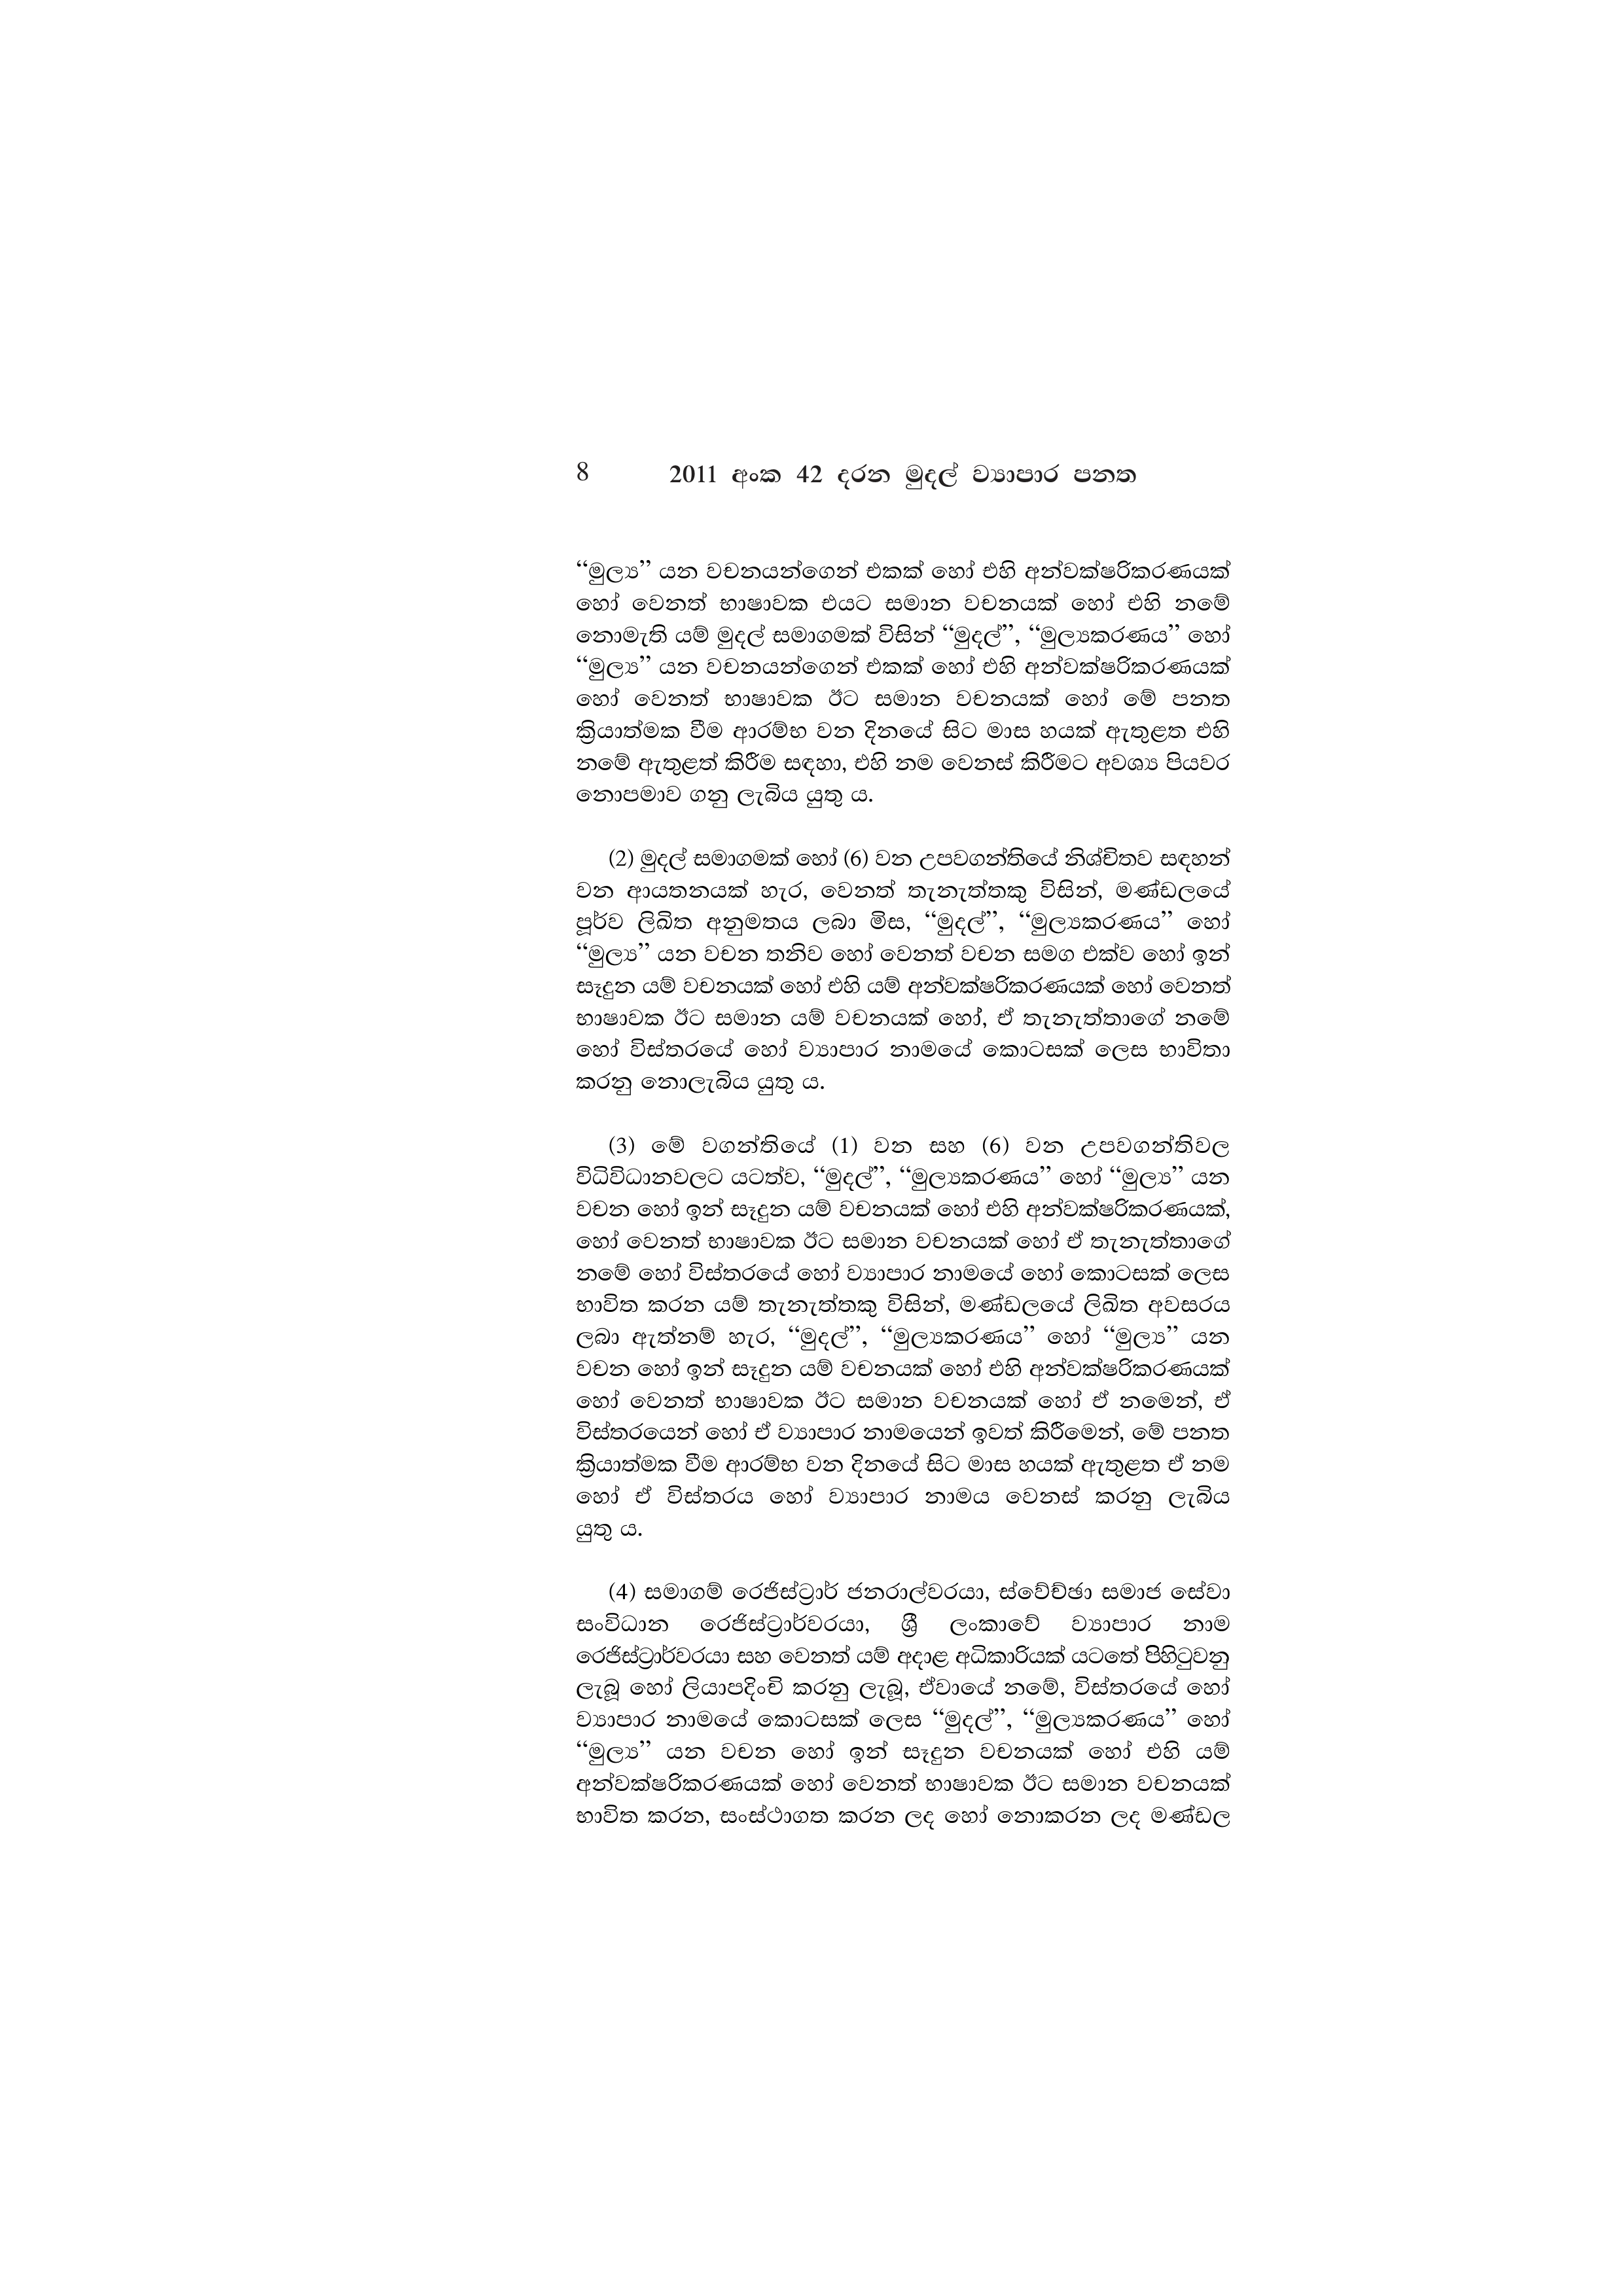
8 2011 අංක 42 දරන මුදල් ව්‍යාපාර පනත

“මුල්‍ය” යන වචනයන්ගෙන් එකක් හෝ එහි අන්වක්ෂරිකරණයක්
හෝ වෙනත් භාෂාවක එයට සමාන වචනයක් හෝ එහි නමේ
නොමැති යම් මුදල් සමාගමක් විසින් “මුදල්”, “මුල්‍යකරණය” හෝ
“මුල්‍ය” යන වචනයන්ගෙන් එකක් හෝ එහි අන්වක්ෂරිකරණයක්
හෝ වෙනත් භාෂාවක ඊට සමාන වචනයක් හෝ මේ පනත
ක්‍රියාත්මක වීම ආරම්භ වන දිනයේ සිට මාස හයක් ඇතුළත එහි
නමේ ඇතුළත් කිරීම සඳහා, එහි නම වෙනස් කිරීමට අවශ්‍ය පියවර
නොපමාව ගනු ලැබිය යුතු ය.

(2) මුදල් සමාගමක් හෝ (6) වන උපවගන්තියේ නිශ්චිතව සඳහන්
වන ආයතනයක් හැර, වෙනත් තැනැත්තකු විසින්, මණ්ඩලයේ
පූර්ව ලිඛිත අනුමතය ලබා මිස, “මුදල්”, “මුල්‍යකරණය” හෝ
“මුල්‍ය” යන වචන තනිව හෝ වෙනත් වචන සමග එක්ව හෝ ඉන්
සෑදුන යම් වචනයක් හෝ එහි යම් අන්වක්ෂරිකරණයක් හෝ වෙනත්
භාෂාවක ඊට සමාන යම් වචනයක් හෝ, ඒ තැනැත්තාගේ නමේ
හෝ විස්තරයේ හෝ ව්‍යාපාර නාමයේ කොටසක් ලෙස භාවිතා
කරනු නොලැබිය යුතු ය.

(3) මේ වගන්තියේ (1) වන සහ (6) වන උපවගන්තිවල
විධිවිධානවලට යටත්ව, “මුදල්”, “මුල්‍යකරණය” හෝ “මුල්‍ය” යන
වචන හෝ ඉන් සෑදුන යම් වචනයක් හෝ එහි අන්වක්ෂරිකරණයක්,
හෝ වෙනත් භාෂාවක ඊට සමාන වචනයක් හෝ ඒ තැනැත්තාගේ
නමේ හෝ විස්තරයේ හෝ ව්‍යාපාර නාමයේ හෝ කොටසක් ලෙස
භාවිත කරන යම් තැනැත්තකු විසින්, මණ්ඩලයේ ලිඛිත අවසරය
ලබා ඇත්නම් හැර, “මුදල්”, “මුල්‍යකරණය” හෝ “මුල්‍ය” යන
වචන හෝ ඉන් සෑදුන යම් වචනයක් හෝ එහි අන්වක්ෂරිකරණයක්
හෝ වෙනත් භාෂාවක ඊට සමාන වචනයක් හෝ ඒ නමෙන්, ඒ
විස්තරයෙන් හෝ ඒ ව්‍යාපාර නාමයෙන් ඉවත් කිරීමෙන්, මේ පනත
ක්‍රියාත්මක වීම ආරම්භ වන දිනයේ සිට මාස හයක් ඇතුළත ඒ නම
හෝ ඒ විස්තරය හෝ ව්‍යාපාර නාමය වෙනස් කරනු ලැබිය
යුතු ය.

(4) සමාගම් රෙජිස්ට්‍රාර් ජනරාල්වරයා, ස්වේච්ඡා සමාජ සේවා
සංවිධාන රෙජිස්ට්‍රාර්වරයා, ශ්‍රී ලංකාවේ ව්‍යාපාර නාම
රෙජිස්ට්‍රාර්වරයා සහ වෙනත් යම් අදාළ අධිකාරියක් යටතේ පිහිටුවනු
ලැබූ හෝ ලියාපදිංචි කරනු ලැබූ, ඒවායේ නමේ, විස්තරයේ හෝ
ව්‍යාපාර නාමයේ කොටසක් ලෙස “මුදල්”, “මුල්‍යකරණය” හෝ
“මුල්‍ය” යන වචන හෝ ඉන් සෑදුන වචනයක් හෝ එහි යම්
අන්වක්ෂරිකරණයක් හෝ වෙනත් භාෂාවක ඊට සමාන වචනයක්
භාවිත කරන, සංස්ථාගත කරන ලද හෝ නොකරන ලද මණ්ඩල